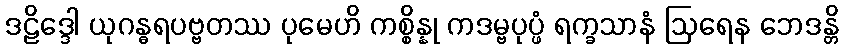
ဒဠိဒ္ဒေါ ယုဂန္ဓရပဗ္ဗတဿ ပုမေဟိ ကစ္စိန္နု ကဒမ္ဗပုပ္ဖံ ရက္ခသာနံ ဩရေန ဘေဒန္တိ